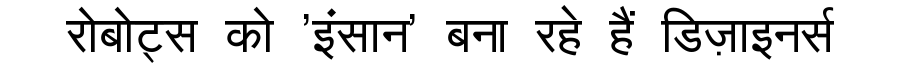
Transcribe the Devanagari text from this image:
रोबोट्स को 'इंसान' बना रहे हैं डिज़ाइनर्स